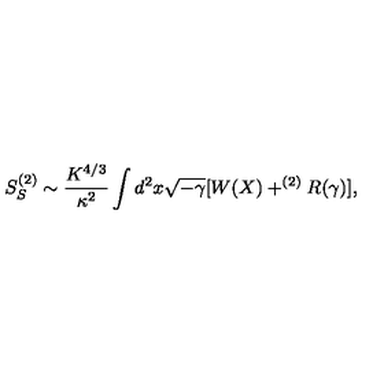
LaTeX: S _ { S } ^ { ( 2 ) } \sim \frac { K ^ { 4 / 3 } } { \kappa ^ { 2 } } \int d ^ { 2 } x \sqrt { - \gamma } [ W ( X ) + ^ { ( 2 ) } R ( \gamma ) ] ,